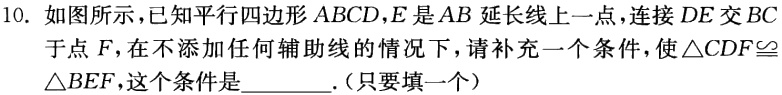
如图所示，已知平行四边形 \(ABCD\)，\(E\)是 \(AB\) 延长线上一点，连接 \(DE\) 交 \(BC\) 于点 \(F\)，在不添加任何辅助线的情况下，请补充一个条件，使 \(\triangle CDF\cong\triangle BEF\)，这个条件是______.(只要填一个）